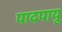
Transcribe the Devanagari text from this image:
पादपायू